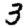
Digit: 3